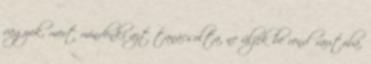
vagyok, mert mindenki azt tanácsolta, ne üljek be rendőrautóba,